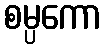
စမ္ပကော